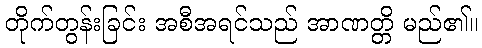
တိုက်တွန်းခြင်း အစီအရင်သည် အာဏတ္တိ မည်၏။